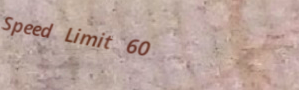
Speed Limit 60